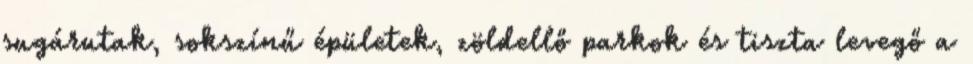
sugárutak, sokszínű épületek, zöldellő parkok és tiszta levegő a